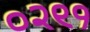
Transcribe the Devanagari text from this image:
०२९१